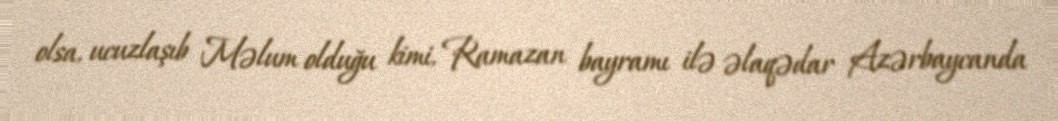
olsa, ucuzlaşıb Məlum olduğu kimi, Ramazan bayramı ilə əlaqədar Azərbaycanda